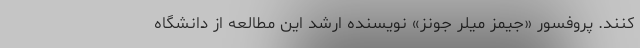
کنند. پروفسور «جیمز میلر جونز» نویسنده ارشد این مطالعه از دانشگاه